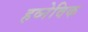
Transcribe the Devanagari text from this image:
हव्नेविक